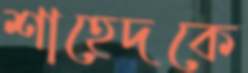
শাহেদকে